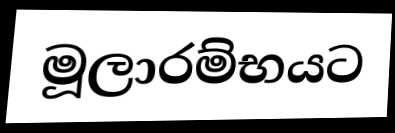
මූලාරම්භයට